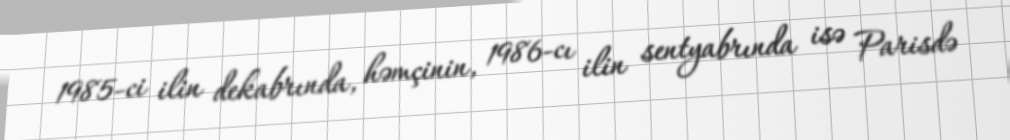
1985-ci ilin dekabrında, həmçinin, 1986-cı ilin sentyabrında isə Parisdə